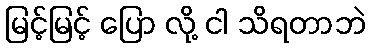
မြင့်မြင့် ပြော လို့ ငါ သိရတာဘဲ